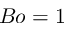
B o = 1